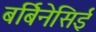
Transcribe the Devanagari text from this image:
बर्बिनेसिई